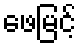
ဖေမြင့်